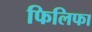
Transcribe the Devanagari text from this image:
फिलिफा